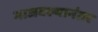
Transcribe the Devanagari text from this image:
गाजवल्यानंतर